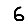
Digit: 6